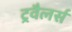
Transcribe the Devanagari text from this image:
ट्रवैलर्स